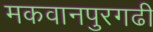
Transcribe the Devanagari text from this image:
मकवानपुरगढी